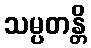
သမ္ပတန္တိ